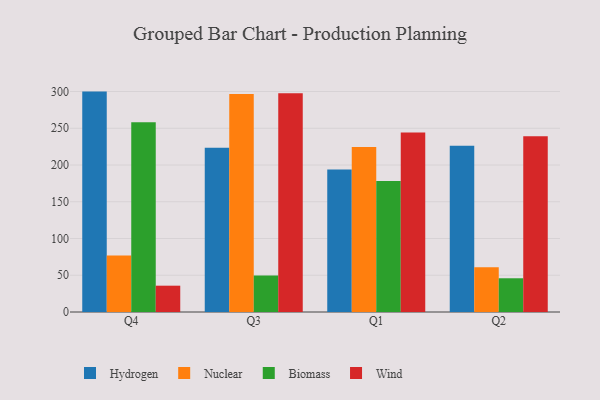
{"axis": {"x": "Quarter", "y": "Backlog"}, "legend": ["Biomass", "Hydrogen", "Nuclear", "Wind"], "data": [{"x": "Q4", "y": 299.9, "type": "Hydrogen"}, {"x": "Q4", "y": 76.8, "type": "Nuclear"}, {"x": "Q4", "y": 258.2, "type": "Biomass"}, {"x": "Q4", "y": 35.8, "type": "Wind"}, {"x": "Q3", "y": 223.6, "type": "Hydrogen"}, {"x": "Q3", "y": 296.8, "type": "Nuclear"}, {"x": "Q3", "y": 49.7, "type": "Biomass"}, {"x": "Q3", "y": 297.7, "type": "Wind"}, {"x": "Q1", "y": 193.8, "type": "Hydrogen"}, {"x": "Q1", "y": 224.5, "type": "Nuclear"}, {"x": "Q1", "y": 178.2, "type": "Biomass"}, {"x": "Q1", "y": 244.3, "type": "Wind"}, {"x": "Q2", "y": 226.3, "type": "Hydrogen"}, {"x": "Q2", "y": 60.8, "type": "Nuclear"}, {"x": "Q2", "y": 45.9, "type": "Biomass"}, {"x": "Q2", "y": 239.3, "type": "Wind"}]}